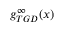
g _ { T G D } ^ { \infty } ( x )